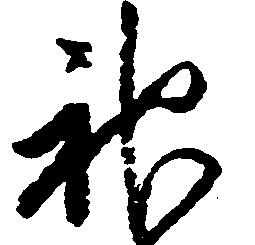
神